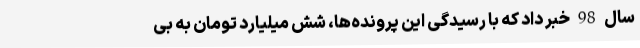
سال 98 خبر داد که با رسیدگی این پرونده‌ها، شش میلیارد تومان به بی